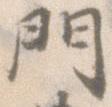
門